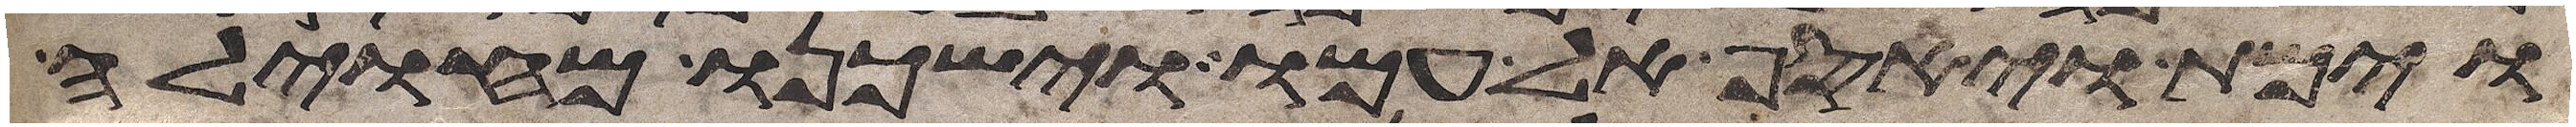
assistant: וימת ויאסף אל עמו וישכנו מחוילה